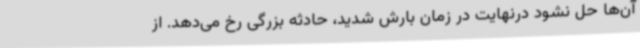
آن‌ها حل نشود درنهایت در زمان بارش شدید، حادثه بزرگی رخ می‌دهد. از